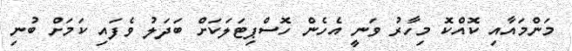
މަންމައާއި ކޮއްކޮ މިހާރު ވަނީ އެހެން ހޮސްޕިޓަލަކަށް ބަދަލު ވެފައި ކަމަށް ބުނި